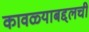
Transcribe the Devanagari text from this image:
कावळ्याबद्दलची